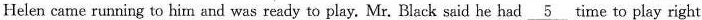
Helen came running to him and was ready to play. Mr. Black said he had\underline{5} time to play right